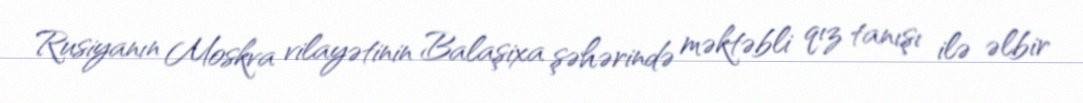
Rusiyanın Moskva vilayətinin Balaşixa şəhərində məktəbli qız tanışı ilə əlbir